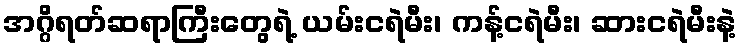
အဂ္ဂိရတ်ဆရာကြီးတွေရဲ့ ယမ်းငရဲမီး၊ ကန့်ငရဲမီး၊ ဆားငရဲမီးနဲ့